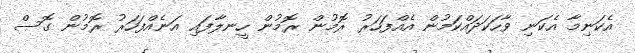
އެކަނިމާ އެކަނި ވާހަކަދައްކަމުން އެއްފަހަރު ރޮމުން ރޮމުން ހީނލާފައި އަނެއްފަހަރު ރޮމުން ގޮސް